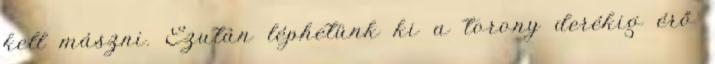
kell mászni. Ezután léphetünk ki a torony derékig érő